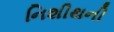
નિશીથની